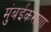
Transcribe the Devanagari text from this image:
मुंबईकराणा